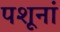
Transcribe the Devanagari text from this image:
पशूनां